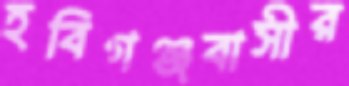
হবিগঞ্জবাসীর